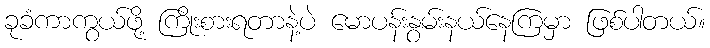
ခုခံကာကွယ်ဖို့ ကြိုးစားရတာနဲ့ပဲ မောပန်းနွမ်းနယ်နေကြမှာ ဖြစ်ပါတယ်။